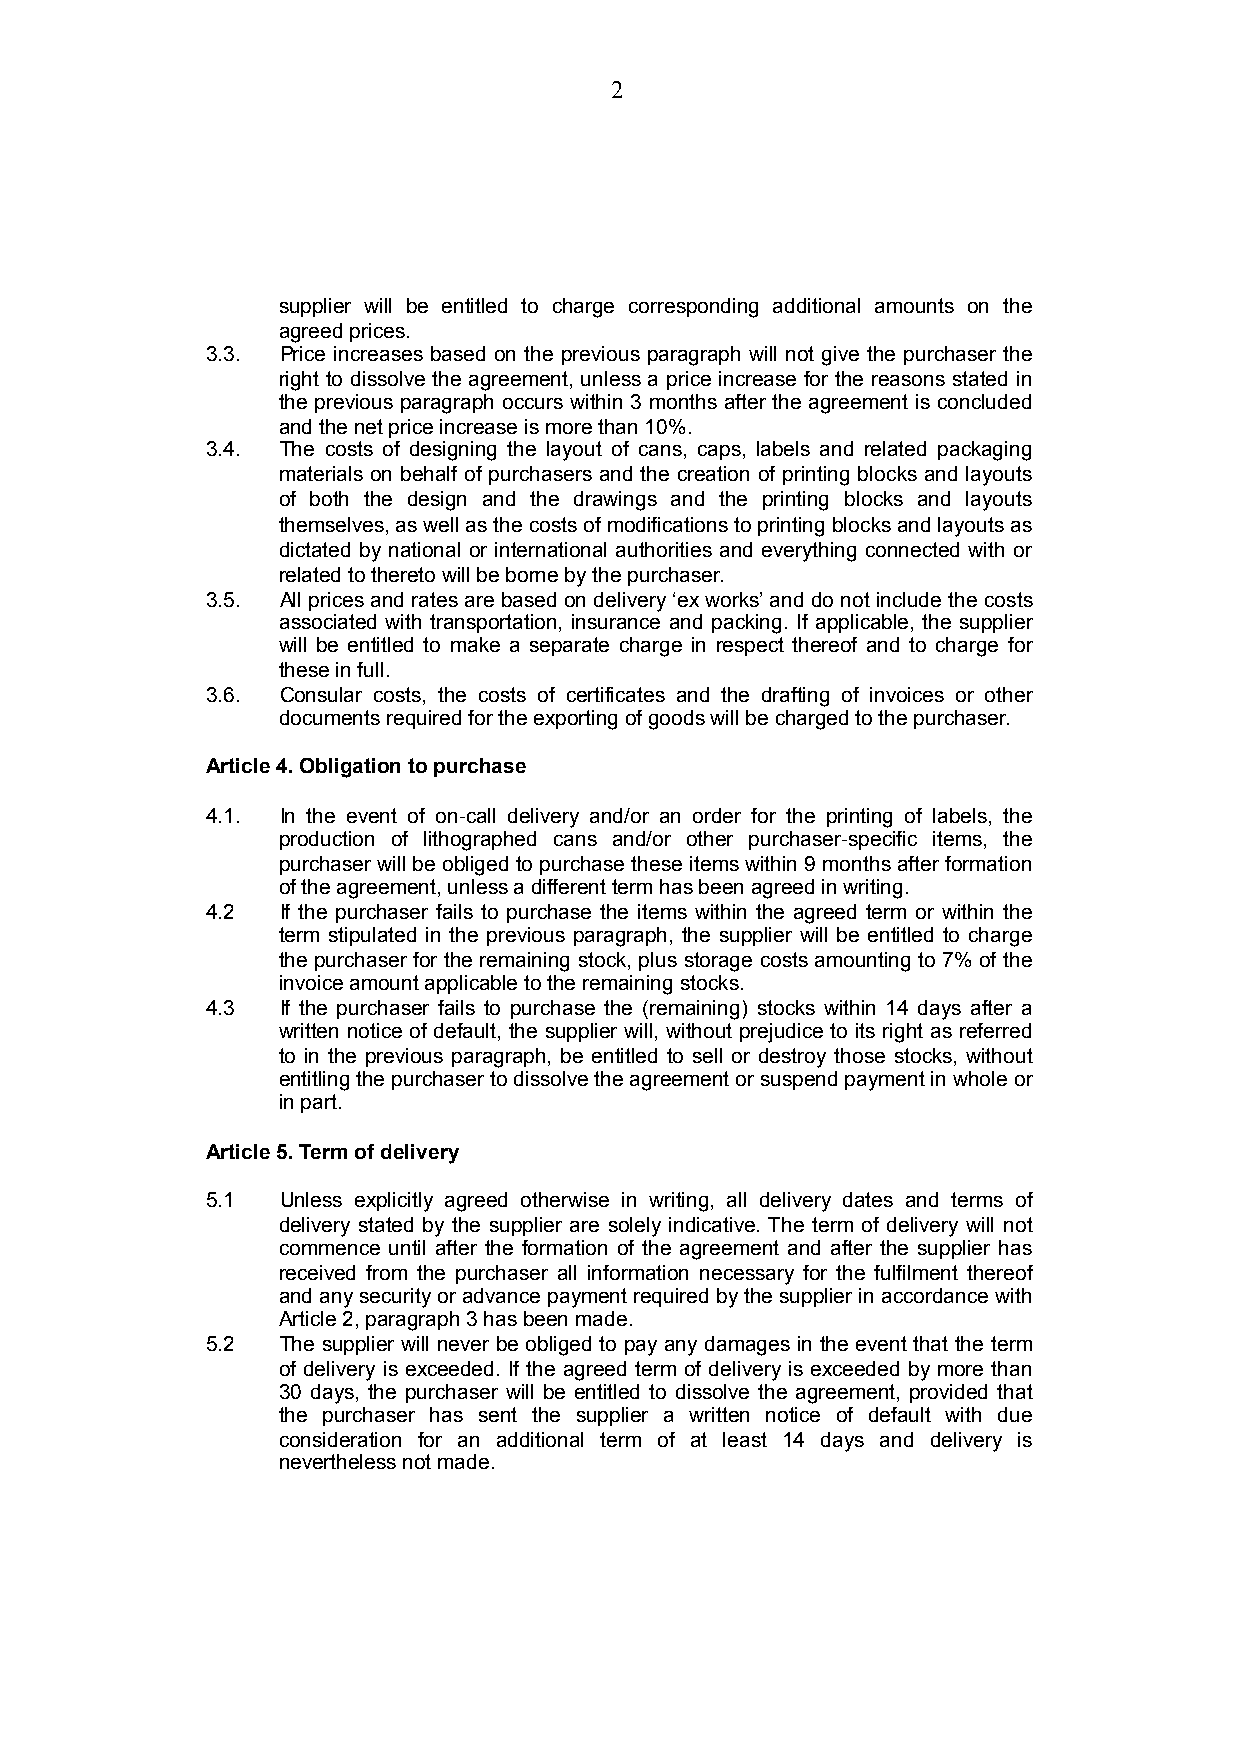
2
 supplier will be entitled to charge corresponding additional amounts on the
 agreed prices.
 3.3. Price increases based on the previous paragraph will not give the purchaser the
 right to dissolve the agreement, unless a price increase for the reasons stated in
 the previous paragraph occurs within 3 months after the agreement is concluded
 and the net price increase is more than 10%.
 3.4. The costs of designing the layout of cans, caps, labels and related packaging
 materials on behalf of purchasers and the creation of printing blocks and layouts
 of both the design and the drawings and the printing blocks and layouts
 themselves, as well as the costs of modifications to printing blocks and layouts as
 dictated by national or international authorities and everything connected with or
 related to thereto will be borne by the purchaser.
 3.5. All prices and rates are based on delivery ‘ex works’ and do not include the costs
 associated with transportation, insurance and packing. If applicable, the supplier
 will be entitled to make a separate charge in respect thereof and to charge for
 these in full.
 3.6. Consular costs, the costs of certificates and the drafting of invoices or other
 documents required for the exporting of goods will be charged to the purchaser.
 Article 4. Obligation to purchase
 4.1. In the event of on-call delivery and/or an order for the printing of labels, the
 production of lithographed cans and/or other purchaser-specific items, the
 purchaser will be obliged to purchase these items within 9 months after formation
 of the agreement, unless a different term has been agreed in writing.
 4.2  If the purchaser fails to purchase the items within the agreed term or within the
 term stipulated in the previous paragraph, the supplier will be entitled to charge
 the purchaser for the remaining stock, plus storage costs amounting to 7% of the
 invoice amount applicable to the remaining stocks.
 4.3  If the purchaser fails to purchase the (remaining) stocks within 14 days after a
 written notice of default, the supplier will, without prejudice to its right as referred
 to in the previous paragraph, be entitled to sell or destroy those stocks, without
 entitling the purchaser to dissolve the agreement or suspend payment in whole or
 in part.
 Article 5. Term of delivery
 5.1  Unless explicitly agreed otherwise in writing, all delivery dates and terms of
 delivery stated by the supplier are solely indicative. The term of delivery will not
 commence until after the formation of the agreement and after the supplier has
 received from the purchaser all information necessary for the fulfilment thereof
 and any security or advance payment required by the supplier in accordance with
 Article 2, paragraph 3 has been made.
 5.2  The supplier will never be obliged to pay any damages in the event that the term
 of delivery is exceeded. If the agreed term of delivery is exceeded by more than
 30 days, the purchaser will be entitled to dissolve the agreement, provided that
 the purchaser has sent the supplier a written notice of default with due
 consideration for an additional term of at least 14 days and delivery is
 nevertheless not made.